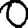
Digit: 0